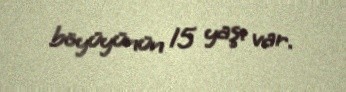
böyüyünün 15 yaşı var.